Annual report on the working of the mental hospitals in the Madras Presidency - 1912-1932
Year: 1912
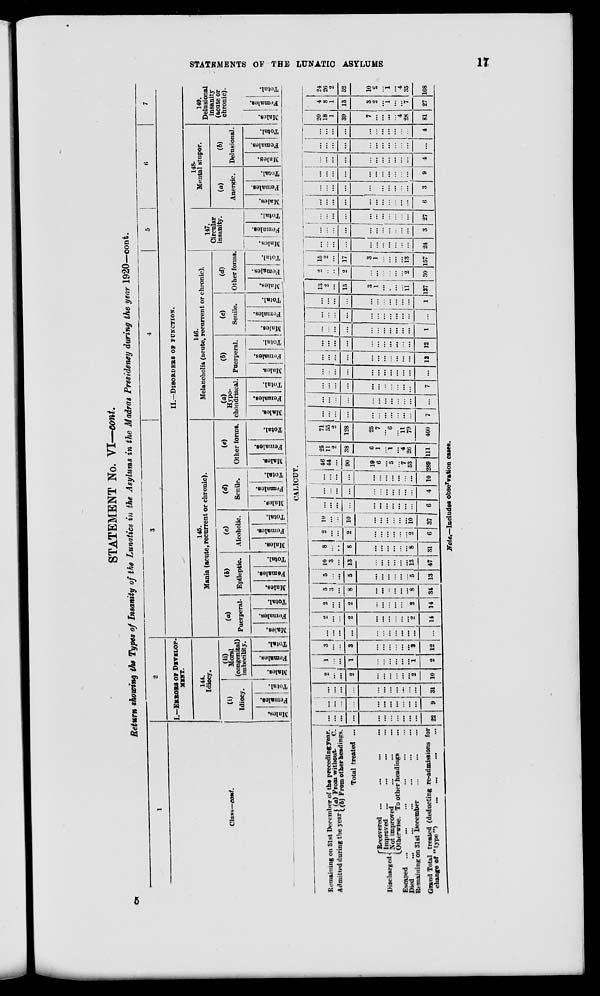
STATEMENTS OF THE LUNATIC ASYLUMS
17
STATEMENT No. VI—cont.
Return showing the Types of Insanity of the Lunatics in the Asylums in the Madras Presidency during the year 1920—cont.
1
Class—cont.
2
I.—ERRORS OF DEVELOP-
MENT.
144.
Idiocy.
(i)
Idiocy.
Males.
Females.
Total.
(ii)
Moral
(congenital)
imbecility.
Males.
Females.
Total.
3
4
5
6
7
II.—DISORDERS OF FUNCTION.
145
Mania (acute,recurrent or chronic)
(a)
Puerperal.
Males.
Females.
Total.
(b)
Epileptic.
Males.
Females.
Total.
(c)
Alcoholic.
Males.
Fe ma l
e s .
Tot al .
(d)
Senile.
Males.
Females.
Total.
(e)
Other forms.
Males.
Females.
Total.
146
Melancholia(acute,recurrent
or chronic).
(a)
Hypo-
chondriacal.
Males.
Females.
Total.
(b)
Puerperal.
Males.
Females.
Total.
(c)
Senile.
Males.
Females.
Total.
(d)
Other forms
Males.
Females.
Total.
147.
Circular
insanity.
Males.
Females.
Total.
148.
Mental stupor.
(a)
Anergic.
Males.
Females.
Total.
(b)
Delusional.
Males.
Females.
Total.
149.
Delusional
insanity
(acute or
chronic).
Males.
Females.
Total.
CALICUT.
Remaining on 31st December of the preceding year.
Admitted during the year
(a)From without.
C.
(b) From other headings.
Total treated ...
Discharged
Recovered ... ... ... ...
Improved ... ... ... ...
Not improved ... ... ...
Otherwise. To other headings ...
Escaped ... ... ... ... ...
Died ... ... ... ... ... ...
Remaining on 31st December ... ... ...
Grand Total treated (deducting re-admissions for
changes of "type") ... ... ... ...
...
...
...
...
...
...
...
...
...
...
...
22
...
...
...
...
...
...
...
...
...
...
...
9
...
...
...
...
...
...
...
...
...
...
...
31
2
...
...
2
...
...
...
...
...
...
2
10
1
...
...
1
...
...
...
...
...
...
1
2
3
...
...
3
...
...
...
...
...
...
3
12
...
...
...
...
...
...
...
...
...
...
...
...
2
...
...
2
...
...
...
...
...
...
2
14
2
...
...
2
...
...
...
...
...
...
2
14
5
3
...
8
...
...
...
...
...
...
8
34
5 ...
...
5
...
...
...
...
...
...
5
13
10
3
...
13
...
...
...
...
...
...
13
47
8
...
...
8
...
...
...
...
...
...
8
31
2
...
...
2
...
...
...
...
...
...
2
6
10
...
...
10
...
...
...
...
...
...
10
37
...
...
...
...
...
...
...
...
...
...
...
6
...
...
...
...
...
...
...
...
...
...
...
4
...
...
...
...
...
...
...
...
...
...
...
10
46
44
...
90
19
6
...
5
...
7
53
289
25
11
2
38
6
1
...
1
...
4
26
111
71
55
...
128
25
7
...
6
...
11
79
400
...
...
...
...
...
...
...
...
...
...
...
7
...
...
...
...
...
...
...
...
...
...
...
...
...
...
...
...
...
...
...
...
...
...
...
7
...
...
...
...
...
...
...
...
...
...
...
...
...
...
...
...
...
...
...
...
...
...
...
12
...
...
...
...
...
...
...
...
...
...
...
12
...
...
...
...
...
...
...
...
...
...
...
1
...
...
...
...
...
...
...
...
...
...
...
...
...
...
...
...
...
...
...
...
...
...
...
1
13
2
...
15
3
1
...
...
...
...
11
127
2
...
...
2
...
...
...
...
...
...
2
30
15
2
...
17
3
1
...
...
...
...
13
157
...
...
...
...
...
...
...
...
...
...
...
24
...
...
...
...
...
...
...
...
...
...
...
3
...
...
...
...
...
...
...
...
...
...
...
27
...
...
...
...
...
...
...
...
...
...
...
6
...
...
...
...
...
...
...
...
...
...
...
3
...
...
...
...
...
...
...
...
...
...
...
9
...
...
...
...
...
...
...
...
...
...
...
4
...
...
...
...
...
...
...
...
...
...
...
...
...
...
...
...
...
...
...
...
...
...
...
4
20
18
1
39
7
...
...
...
...
4
28
81
4
8
1
13
3
2
...
1
...
...
7
27
24
26
2
52
10
2
...
1
...
4
35
108
Note.—Includes observation case.
5